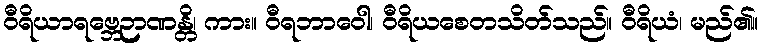
ဝီရိယာရဗ္ဘေဉာဏန္တိ၊ ကား။ ဝီရဘာဝေါ၊ ဝီရိယစေတသိတ်သည်။ ဝီရိယံ၊ မည်၏။